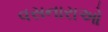
વસનારાઓ